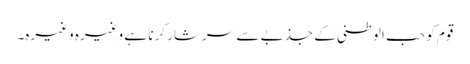
قوم کو حب الوطنی کے جذبے سے سرشار کرنا ہے وغیرہ وغیرہ۔